State Department UAP Cable 3, Tbilisi, Georgia, October 30, 2001
Agency: Department of State
Incident date: 10/28/2001-10/29/2001
Incident location: Georgia
Page 3
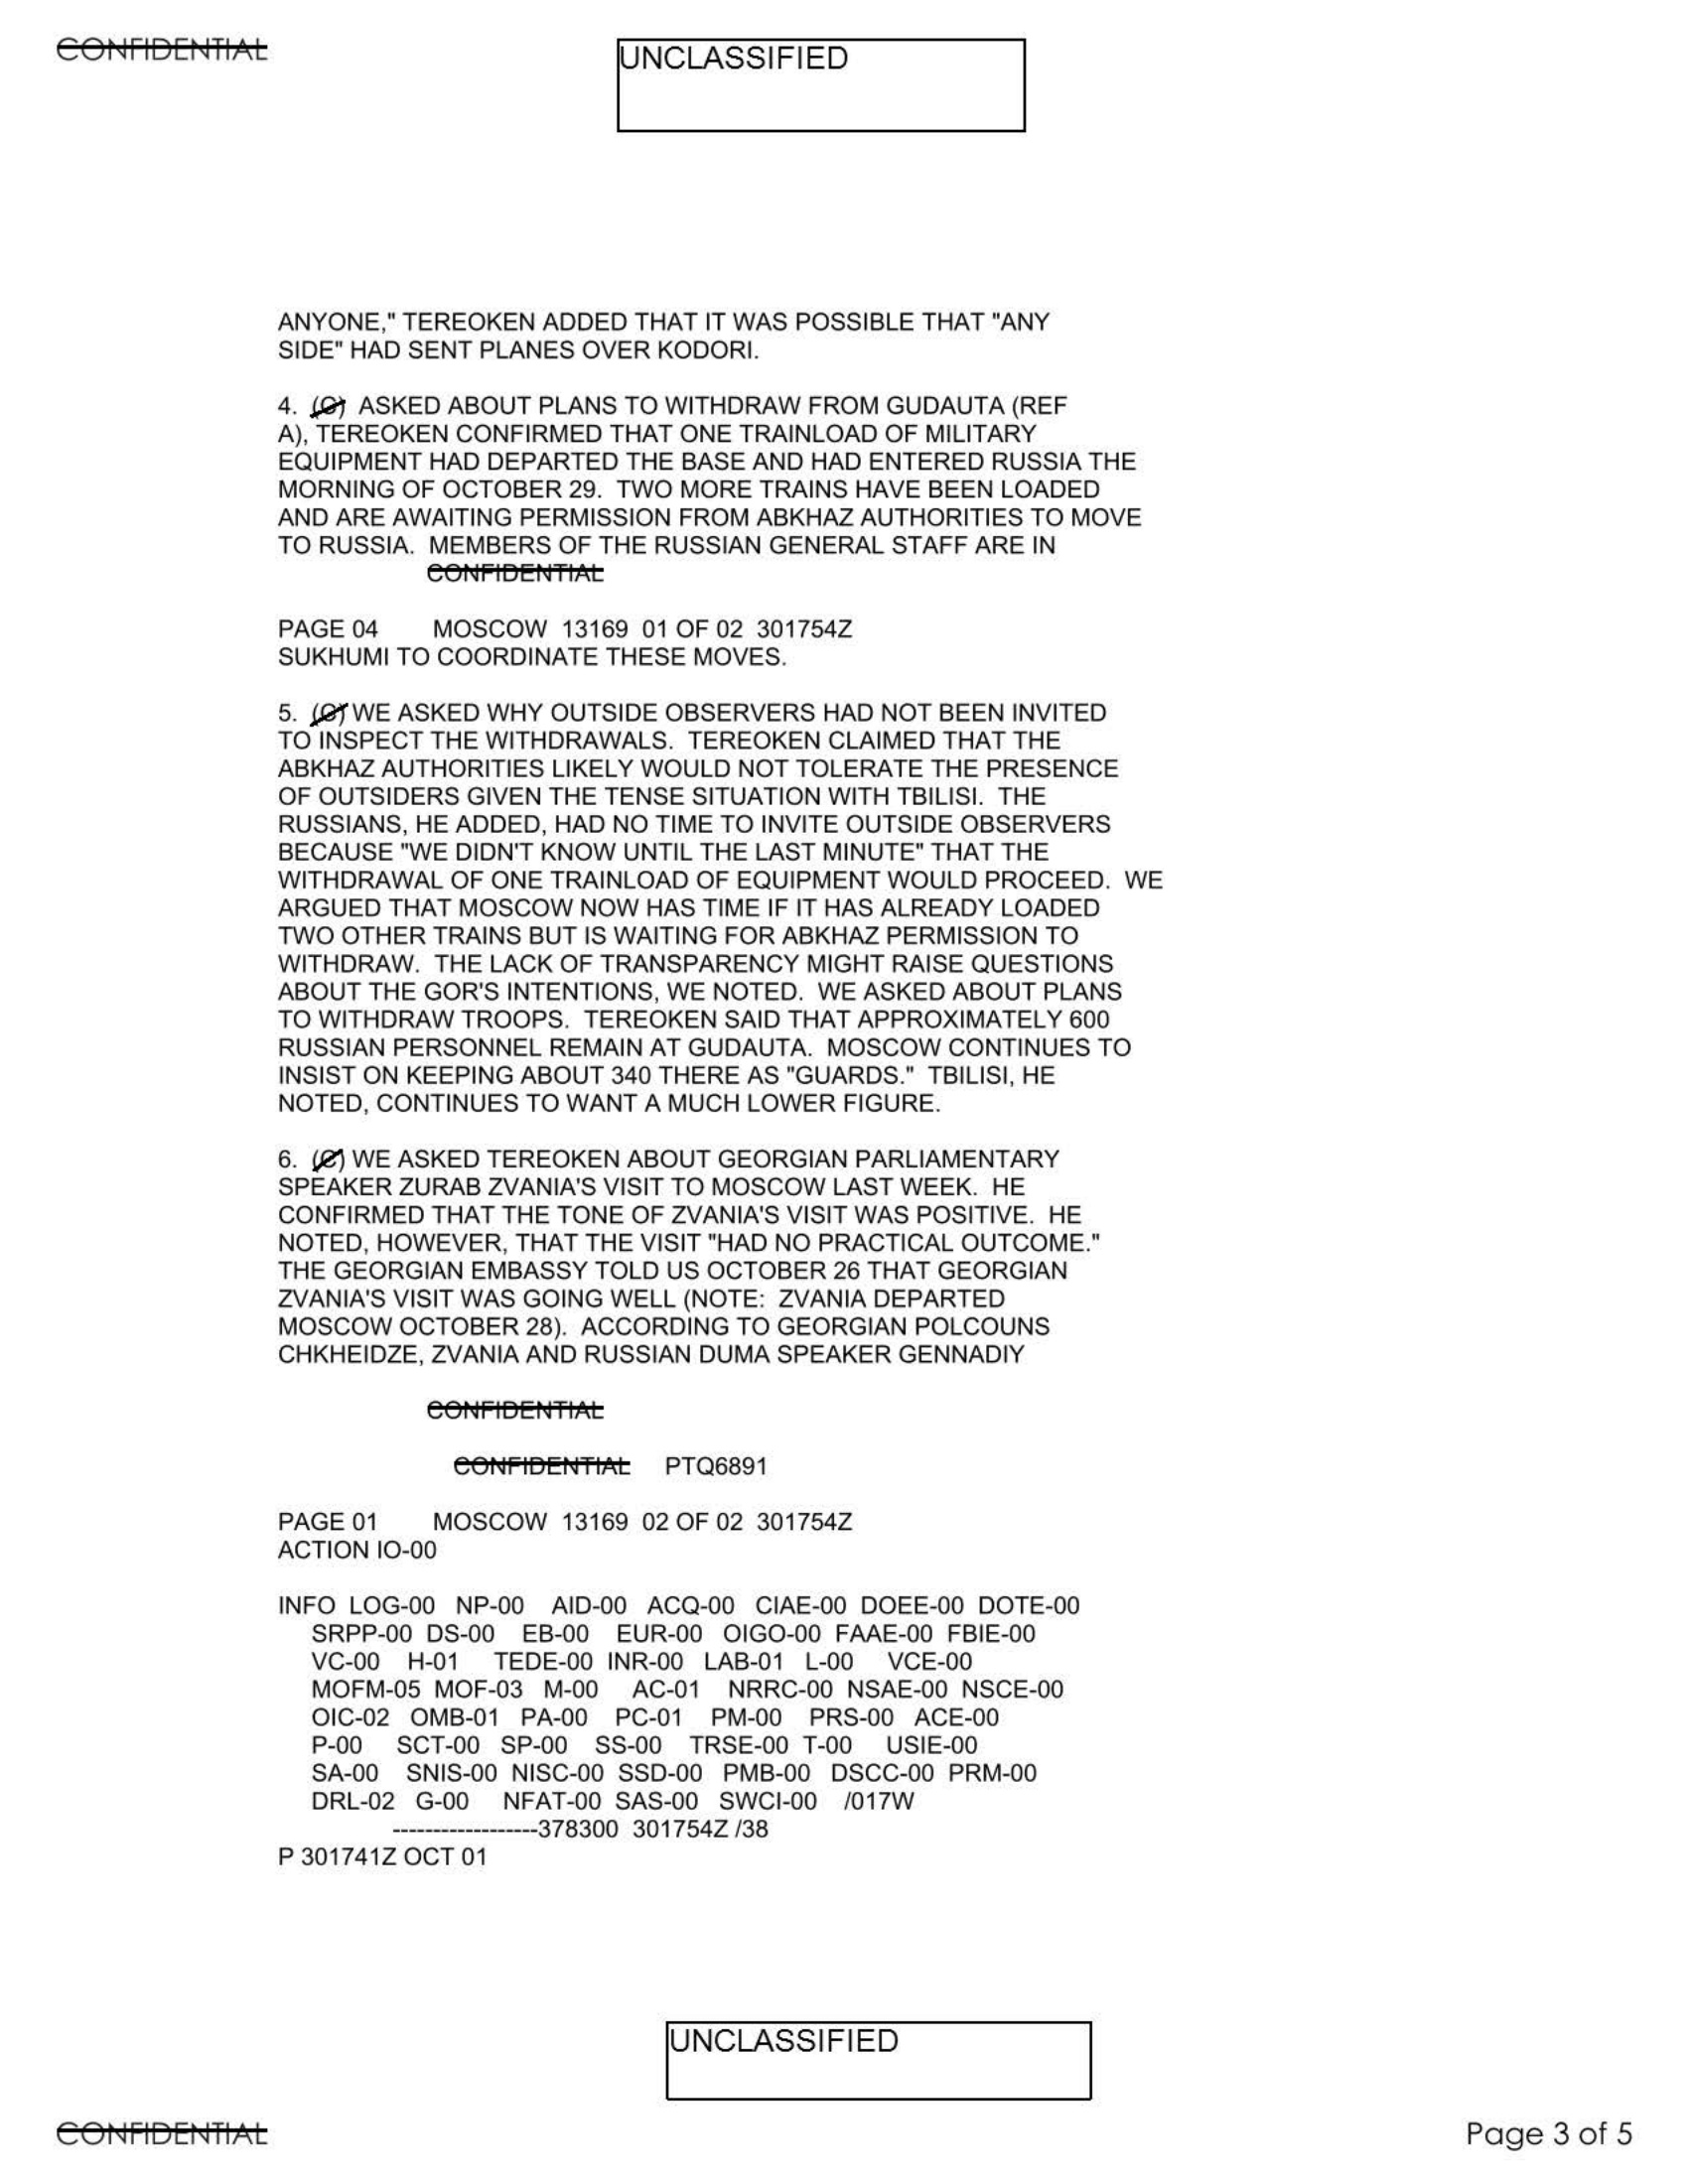